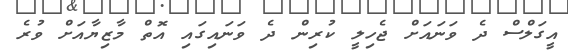
އީގަލްސް ދެ ވަނައަށް ޖެހިލީ ކުރިން ދެ ވަނައިގައި އޮތް މާޒިޔާއަށް ވުރެ